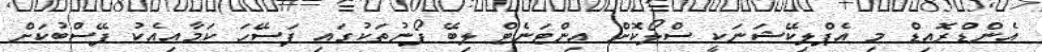
އެންޑްރޮއިޑް މި އެޕްލިކޭޝަނަކީ ސްލޯކޮށް އިންޓަނެޓް ލިބޭ ފޯނުތަކުގައި ފަސޭހަ ކަމާއިއެކު ފޭސްބުކަށް